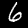
Label: 6